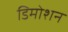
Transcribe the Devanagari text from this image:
डिमोशन